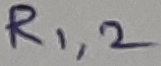
Text: R1,2